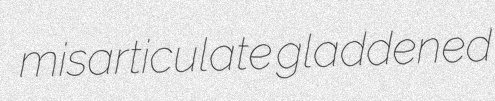
misarticulate gladdened